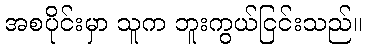
အစပိုင်းမှာ သူက ဘူးကွယ်ငြင်းသည်။